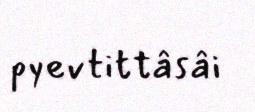
pyevtittâsâi